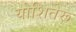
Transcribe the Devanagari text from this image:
योशितेरू